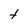
Character: t